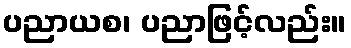
ပညာယစ၊ ပညာဖြင့်လည်း။